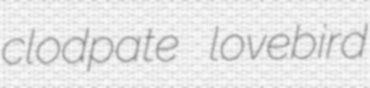
clodpate lovebird